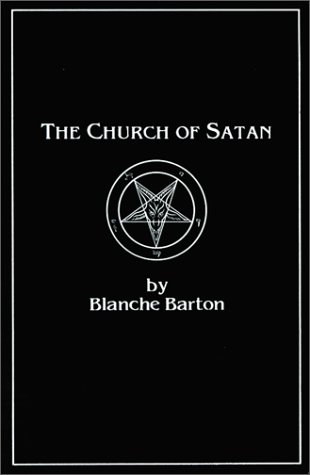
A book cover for The Church of Satan: A History of the World's Most Notorious Religion; Blanche Barton; Religion & Spirituality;